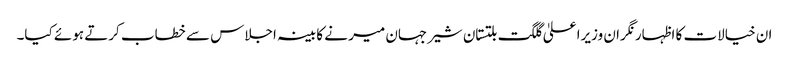
ان خیالات کا اظہار نگران وزیرا علیٰ گلگت بلتستان شیرجہان میر نے کابینہ اجلاس سے خطاب کرتے ہوئے کیا۔